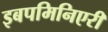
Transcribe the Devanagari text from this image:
इबपमिनिएरी